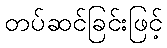
တပ်ဆင်ခြင်းဖြင့်